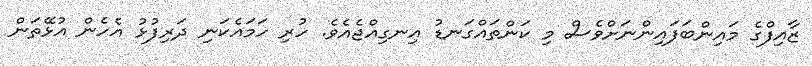
ޒާއިފްގެ މައިންބަފައިންނަށްވެސް މި ކަންތައްގަނޑު އިނގިއްޖެއެވެ. ހުރި ހަަމައެކަނި ދަރިފުޅު އެހެން އުޅޭތަން